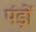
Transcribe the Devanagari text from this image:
पंड़ों